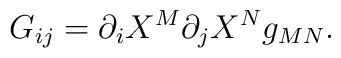
G_{ij} = {\partial_i} X^M {\partial_j} X^N g_{MN}.